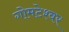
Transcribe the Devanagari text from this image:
गोमटेश्वर